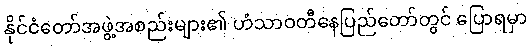
နိုင်ငံတော်အဖွဲ့အစည်းများ၏ ဟံသာဝတီနေပြည်တော်တွင် ပြောရမှာ